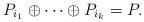
LaTeX: \begin{align*} P_{i_1}\oplus\cdots\oplus P_{i_k}=P.\end{align*}